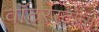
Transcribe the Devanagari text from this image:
वॉटरस्टोन्स